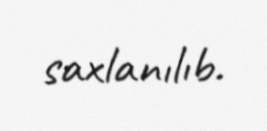
saxlanılıb.